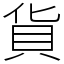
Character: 貨